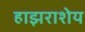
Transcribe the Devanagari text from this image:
हाझराशेय